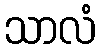
သာလံ